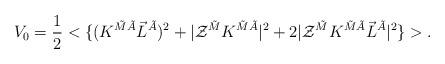
LaTeX: \begin{align*}V_0 = \frac12 <\{ (K^{\tilde M\tilde A} \vec L^{\tilde A})^2 + |{\cal Z}^{\tilde M} K^{\tilde M\tilde A} |^2 + 2 | {\cal Z}^{\tilde M} K^{\tilde M\tilde A} \vec L^{\tilde A} |^2 \} >.\end{align*}